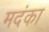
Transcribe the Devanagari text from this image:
मदंका